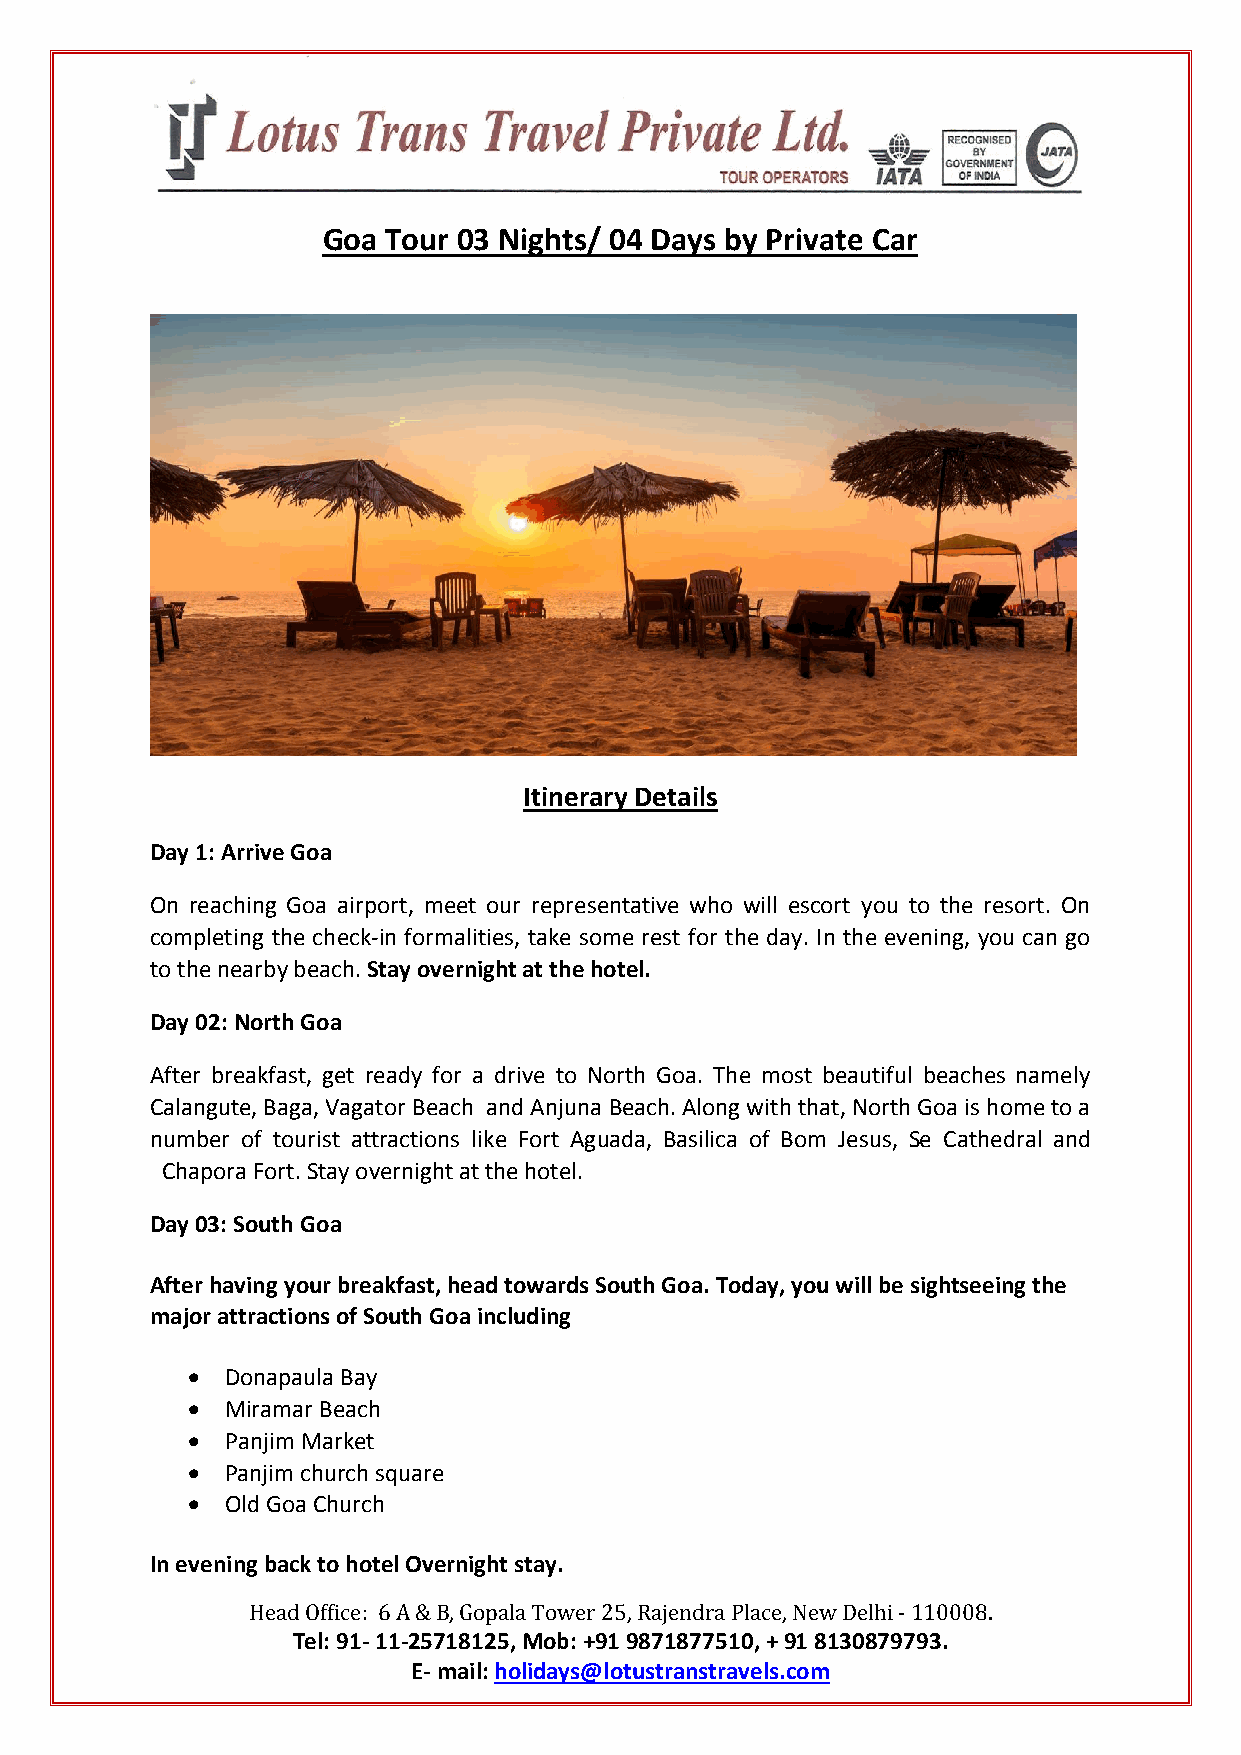
Goa  Tour 03 Nights/ 04 Days by Private Car
 Itinerary Details
 Day 1: Arrive Goa
 On reaching Goa airport, meet our representative who will escort you to the resort. On
 completing the check-in formalities, take some rest for the day. In the evening, you can go
 to the nearby beach. Stay overnight at the hotel.
 Day 02: North Goa
 After breakfast, get ready for a drive to North Goa. The most beautiful beaches namely
 Calangute, Baga, Vagator Beach and Anjuna Beach. Along with that, North Goa is home to a
 number of tourist attractions like Fort Aguada, Basilica of Bom Jesus, Se Cathedral and
 Chapora Fort. Stay overnight at the hotel.
 Day 03: South Goa
 After having your breakfast, head towards South Goa. Today, you will be sightseeing the
 major attractions of South Goa including
   Donapaula Bay
   Miramar Beach
   Panjim Market
   Panjim church square
   Old Goa Church
 In evening back to hotel Overnight stay.
 Head Office: 6 A & B, Gopala Tower 25, Rajendra Place, New Delhi - 110008.
 Tel: 91- 11-25718125, Mob: +91 9871877510, + 91 8130879793.
 E- mail: holidays@lotustranstravels.com